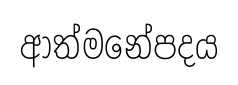
ආත්මනේපදය